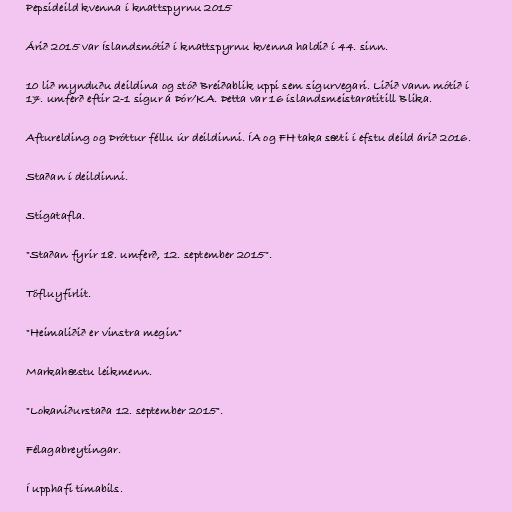
Pepsideild kvenna í knattspyrnu 2015

Árið 2015 var Íslandsmótið í knattspyrnu kvenna haldið í 44. sinn.

10 lið mynduðu deildina og stóð Breiðablik uppi sem sigurvegari. Liðið vann mótið í
17. umferð eftir 2-1 sigur á Þór/KA. Þetta var 16 íslandsmeistaratitill Blika.

Afturelding og Þróttur féllu úr deildinni. ÍA og FH taka sæti í efstu deild árið 2016.

Staðan í deildinni.

Stigatafla.

"Staðan fyrir 18. umferð, 12. september 2015".

Töfluyfirlit.

"Heimaliðið er vinstra megin"

Markahæstu leikmenn.

"Lokaniðurstaða 12. september 2015".

Félagabreytingar.

Í upphafi tímabils.